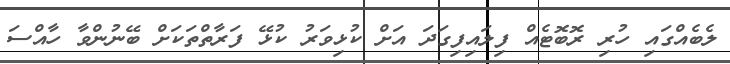
ލެބެއްގައި ހުރި ރޮބޮޓެއް ފިލައިފިގަދަ އަށް ކުޅިވަރު ކުޅޭ ފަރާތްތަކަށް ބޭނުންވާ ހާއްސަ